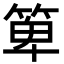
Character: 箄